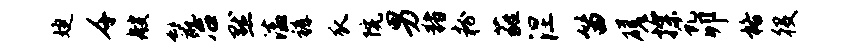
婕千艘鬣冶默溘裤瓜院男猪粉蕤涅笛磋探虬卯格役